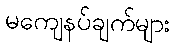
မကျေနပ်ချက်များ